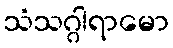
သံသဂ္ဂါရာမော